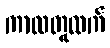
ကာလတူထက်